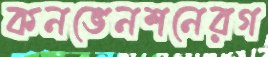
কনভেনশনেরগ